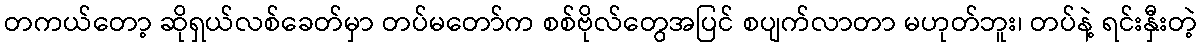
တကယ်တော့ ဆိုရှယ်လစ်ခေတ်မှာ တပ်မတော်က စစ်ဗိုလ်တွေအပြင် စပျက်လာတာ မဟုတ်ဘူး၊ တပ်နဲ့ ရင်းနှီးတဲ့